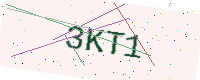
Text: 3KT1